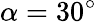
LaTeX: \alpha=30^{\circ}